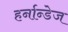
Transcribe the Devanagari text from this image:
हर्नान्डेज